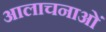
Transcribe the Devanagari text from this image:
आलाचनाओं